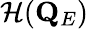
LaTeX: \mathcal{H}(\mathbf{Q}_{E})